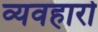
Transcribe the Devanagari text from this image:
व्यवहारो